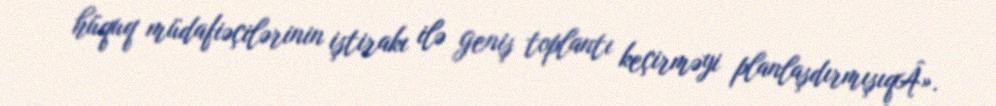
hüquq müdafiəçilərinin iştirakı ilə geniş toplantı keçirməyi planlaşdırmışıqÂ».